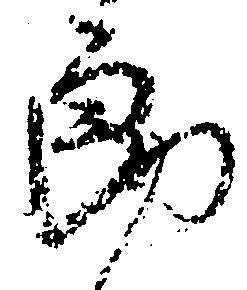
郎